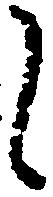
候